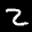
Label: 2